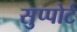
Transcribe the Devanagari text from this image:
सुप्पोर्ट